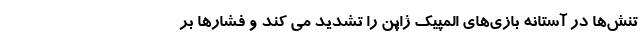
تنش‌ها در آستانه بازی‌های المپیک ژاپن را تشدید می کند و فشارها بر